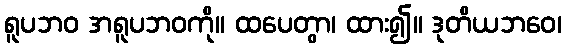
ရူပဘဝ အရူပဘဝကို။ ထပေတွာ၊ ထား၍။ ဒုတိယဘဝေ၊